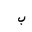
Letter: _ba